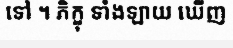
ទៅ ។ ភិក្ខុ ទាំងឡាយ ឃើញ